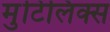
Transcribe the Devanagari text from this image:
मुटिलिक्स